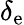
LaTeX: \delta_{\mathrm{e}}